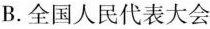
B.全国人民代表大会